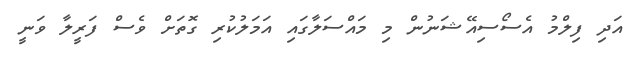
އަދި ފިލްމު އެސޯސިއޭޝަނުން މި މައްސަލާގައި އަމަލުކުރި ގޮތަށް ވެސް ފަރީލާ ވަނީ